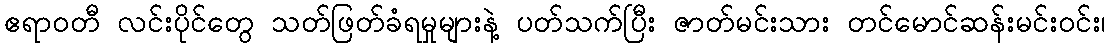
ဧရာဝတီ လင်းပိုင်တွေ သတ်ဖြတ်ခံရမှုများနဲ့ ပတ်သက်ပြီး ဇာတ်မင်းသား တင်မောင်ဆန်းမင်းဝင်း၊